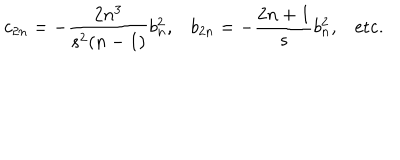
c _ { 2 n } = - \frac { 2 n ^ { 3 } } { s ^ { 2 } ( n - 1 ) } b _ { n } ^ { 2 } , b _ { 2 n } = - \frac { 2 n + 1 } { s } b _ { n } ^ { 2 } , \mathrm { e t c . }